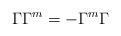
LaTeX: \begin{align*}\Gamma \Gamma^m = -\Gamma^m \Gamma\end{align*}